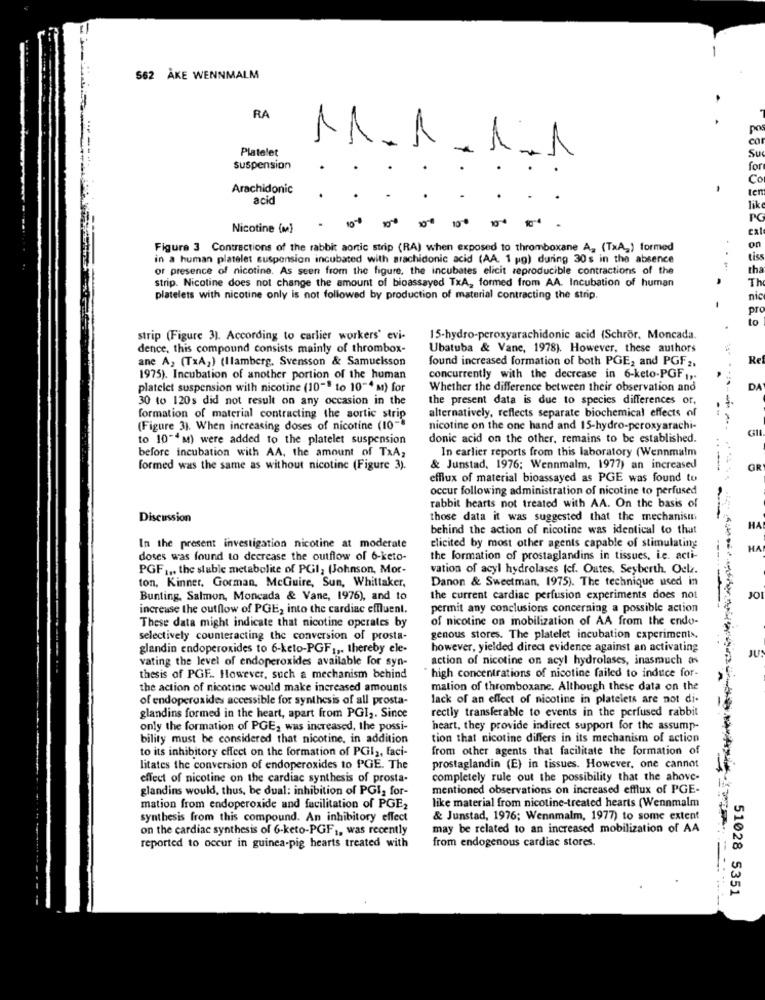
562 AKE WENNMALM
RA
M.A
Platelet
1.1
Su
suspension
for
Co
Arachidonic
-
ten
acid
lik
-- ---
PG
Nicotine (M)
10
cat
Figure 3 Contractions of the rabbit aortic strip (RA) when exposed to thromboxane A, (TxA,) formed
on
in a human platelet suspension incubated with arachidonic acid (AA. 1 ug) during 30s in the absence
tis
of presence of nicotine. As seen from the figure, the incubates elicit reproducible contractions of the
tha
strip. Nicotine does not change the amount of bioassayed TxA, formed from AA. Incubation of human
Th
platelets with nicotine only is not followed by production of material contracting the strip.
nic
pro
strip (Figure 3). According to carlier workers' evi-
15-hydro-peroxyarachidonic acid (Schror. Moncada.
dence, this compound consists mainly of thrombox-
Ubatuba & Vane, 1978). However, these authors
ane A, (TxA2) (Ilamberg. Svensson & Samuelsson
found increased formation of both PGE, and PGF 2,
Re
1975). Incubation of another portion of the human
concurrently with the decrease in 6-keto-PGF .,.
platelet suspension with nicotine (10"" to 10-4 M) for
Whether the difference between their observation and
DA
30 to 120s did not result on any occasion in the
the present data is due to species differences or,
formation of material contracting the aortic strip
alternatively, reflects separate biochemical effects of
(Figure 3). When increasing doses of nicotine (10-
nicotine on the one hand and 15-hydro-peroxyarachi-
to 10""M) were added to the platelet suspension
donic acid on the other, remains to be established.
before incubation with AA. the amount of TxA,
In earlier reports from this laboratory (Wennmalm
formed was the same as without nicotine (Figure 3).
& Junstad, 1976; Wennmalm, 1977) an increased
---
------- ---
OR
efflux of material bioassayed as PGE was found to
occur following administration of nicotine to perfused
rabbit hearts not treated with AA. On the basis of
Discussion
those data it was suggested that the mechanism
behind the action of nicotine was identical to that
HA
In the present investigation nicotine at moderate
elicited by most other agents capable of stimulating
HA
doses was found to decrease the outflow of 6-keto-
the formation of prostaglandins in tissues, ie. acti-
PGF1 ,. the stable metabolite of PGI; (Johnson, Mor-
vation of acyl hydrolases (cf. Outes, Seyberth. Oelz.
ton, Kinner, Gorman, McGuire, Sun, Whittaker,
Danon & Sweetman, 1975). The technique used in
Bunting, Salmon, Moncada & Vane, 1976), and to
the current cardiac perfusion experiments does not
JO
increase the outflow of PGE, into the cardiac effluent.
permit any conclusions concerning a possible action
of nicotine on mobilization of AA from the endo-
These data might indicate that nicotine operates by
selectively counteracting the conversion of prosta-
genous stores. The platelet incubation caperiments,
glandin endoperoxides to 6-keto-PGF ,,. thereby ele-
however, yielded direct evidence against an activating
JU!
vating the level of endoperoxides available for syn-
action of nicotine on acyl hydrolases, inasmuch as
thesis of PGF .. However, such a mechanism behind
high concentrations of nicotine failed to induce for-
the action of nicotine would make increased amounts
mation of thromboxane. Although these data on the
of endoperoxides accessible for synthesis of all prosta-
lack of an effect of nicotine in platelets are not di.
rectly transferable to events in the perfused rabbit
glandins formed in the heart, apart from PGI ,. Since
only the formation of PGE, was increased, the possi-
heart, they provide indirect support for the assump-
bility must be considered that nicotine, in addition
tion that nicotine differs in its mechanism of action
to its inhibitory effect on the formation of PGI2, faci-
from other agents that facilitate the formation of
litates the conversion of endoperoxides to PGE. The
prostaglandin (E) in tissues. However, one cannot
effect of nicotine on the cardiac synthesis of prosta-
completely rule out the possibility that the above-
glandins would, thus, be dual: inhibition of PGI, for-
mentioned observations on increased efflux of PGE-
mation from endoperoxide and facilitation of PGE,
like material from nicotine-treated hearts (Wennmalm
synthesis from this compound. An inhibitory effect
& Junstad, 1976; Wennmalm, 1977) to some extent
on the cardiac synthesis of 6-keto-PGF ,, was recently
may be related to an increased mobilization of AA
from endogenous cardiac stores.
reported to occur in guinea-pig hearts treated with
51028 5351